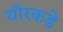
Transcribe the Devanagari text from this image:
यॉरकडे